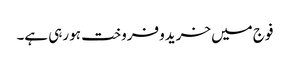
فوج میں خریدو فروخت ہو رہی ہے۔